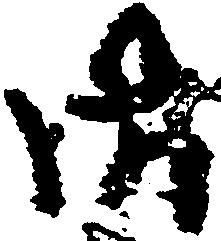
御